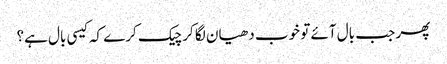
پھر جب بال آئے تو خوب دھیان لگا کر چیک کرے کہ کیسی بال ہے؟